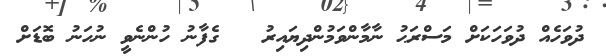
ދުވަހެއް ދުވަހަކަށް މަސްރަޙު ނާމާންވަމުންދިޔައިރު   ގެފާނު ހުންނެވީ ނުހަނު ބޮޑަށް